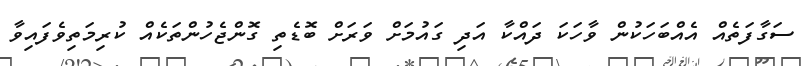
ސަގާފަތެއް އެއްބަހަކުން ވާހަކަ ދައްކާ އަދި ގައުމަށް ވަރަށް ބޮޑެތި ގޮންޖެހުންތަކެއް ކުރިމަތިވެފައިވާ